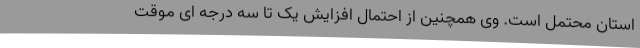
استان محتمل است. وی همچنین از احتمال افزایش یک تا سه درجه ای موقت